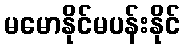
မမောနိုင်မပန်းနိုင်